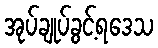
အုပ်ချုပ်ခွင့်ရဒေသ